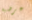
عرضية